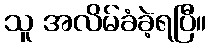
သူ အလိမ်ခံခဲ့ရပြီ။